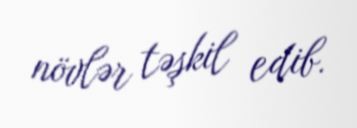
növlər təşkil edib.